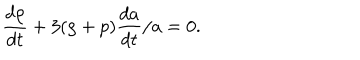
{ \frac { d \rho } { d t } } + 3 ( \rho + p ) { \frac { d a } { d t } } / a = 0 .